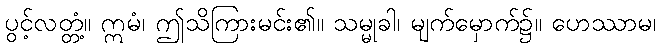
ပွင့်လတ္တံ့။ ဣမံ၊ ဤသိကြားမင်း၏။ သမ္မုခါ၊ မျက်မှောက်၌။ ဟေဿာမ၊